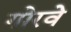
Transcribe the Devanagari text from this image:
गोरवे